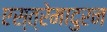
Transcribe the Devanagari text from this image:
एस्त्रेमादुरन